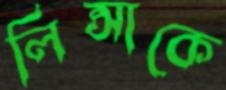
লিপ্সাকে